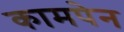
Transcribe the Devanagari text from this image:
कामपेन